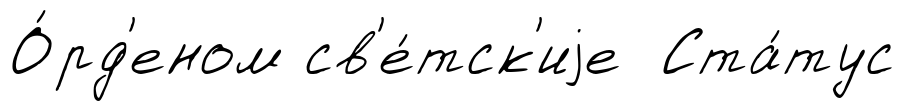
О́рд'еном св'е́тск'иjе Ста́тус